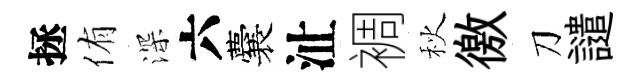
拯侑深六囊沚裯秋徼刀譴